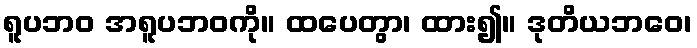
ရူပဘဝ အရူပဘဝကို။ ထပေတွာ၊ ထား၍။ ဒုတိယဘဝေ၊